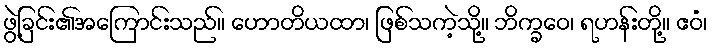
ဖွဲ့ခြင်း၏အကြောင်းသည်။ ဟောတိယထာ၊ ဖြစ်သကဲ့သို့။ ဘိက္ခဝေ၊ ရဟန်းတို့။ ဧဝံ၊